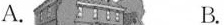
A. B.